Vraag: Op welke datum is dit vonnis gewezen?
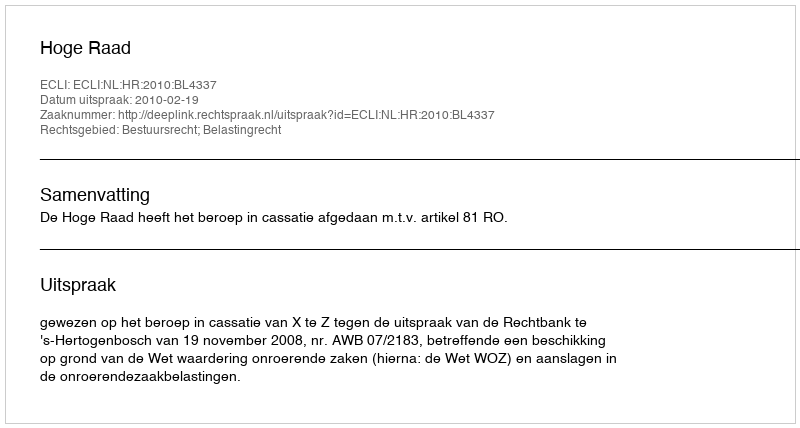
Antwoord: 2010-02-19